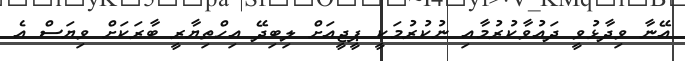
އޭނާ ވިދާޅުވީ ދައުވާކުރުމާއި ނުކުރުމަކީ ޕީޖީއަށް ލިބިދޭ އިހްތިޔާރީ ބާރަކަށް ވިޔަސް އެ